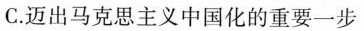
C.迈出马克思主义中国化的重要一步